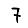
Digit: 7